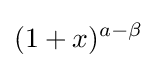
(1+x)^{a-\beta }